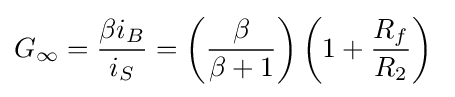
G_{\infty }={\frac {\beta i_{B}}{i_{S}}}=\left({\frac {\beta }{\beta +1}}\right)\left(1+{\frac {R_{f}}{R_{2}}}\right)\